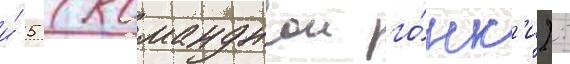
и́ 5 (команднои го́нк'и):